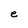
Character: e